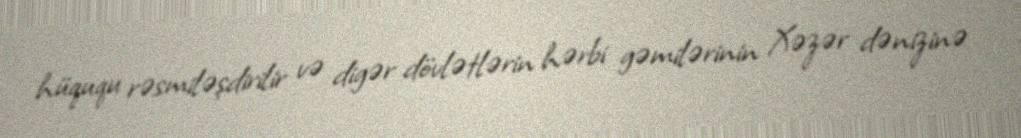
hüququ rəsmiləşdirilir və digər dövlətlərin hərbi gəmilərinin Xəzər dənizinə